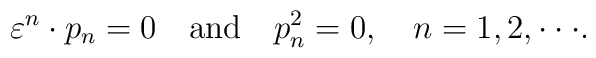
\varepsilon ^n  \cdot p_n  = 0\quad {\rm and}\quad p_n^2  = 0, \quad n = 1,2,\cdot\cdot\cdot.